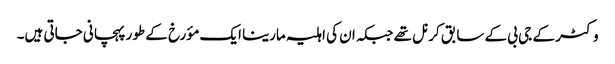
وکٹر کے جی بی کے سابق کرنل تھے جبکہ ان کی اہلیہ مارینا ایک مؤرخ کے طور پہچانی جاتی ہیں۔